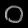
Digit: ၀